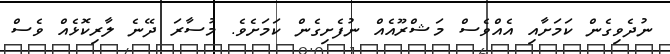
ނުދެވިގެން ކަމަށާއި އެއްވެސް މަޝްރޫއެއް ނުފެށިގެން ކަމަށެވެ. މުސާރަ ދޭނެ ލާރިކޮޅެއް ވެސް